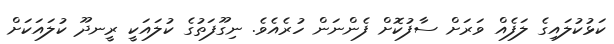
ކަޅުކުލައިގެ ލަފެއް ވަރަށް ސާފުކޮށް ފެންނަން ހުރެއެވެ. ނިގޫފަތުގެ ކުލައަކީ ރީނދޫ ކުލައަކަށް